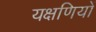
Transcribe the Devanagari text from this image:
यक्षणियों